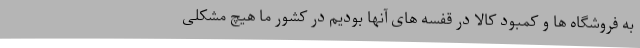
به فروشگاه ها و کمبود کالا در قفسه های آنها بودیم در کشور ما هیچ مشکلی